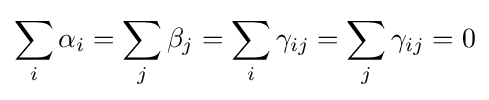
\sum _{i}\alpha _{i}=\sum _{j}\beta _{j}=\sum _{i}\gamma _{ij}=\sum _{j}\gamma _{ij}=0